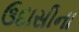
ઉદાસીના